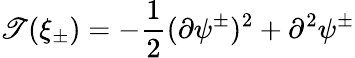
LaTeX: \mathscr{T}(\xi_{\pm})=-\frac{{1}}{{2}}(\partial\psi^{\pm})^{2}+\partial^{2}\psi^{\pm}